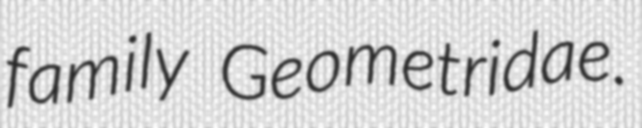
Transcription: family Geometridae.